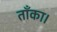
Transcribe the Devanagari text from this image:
ताँका।